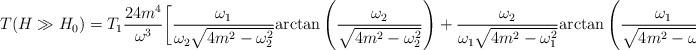
\begin{align*}\displaystyle{T(H \gg H_0)=T_1\frac{24m^4}{\omega^3}\bigg[\frac{\omega_1} {\omega_2 \sqrt{4m^2-\omega_2^2}}\mbox{arctan}\left(\frac{\omega_2}{\sqrt{4m^2-\omega_2^2}}\right)+ \frac{\omega_2}{\omega_1 \sqrt{4m^2-\omega_1^2}}\mbox{arctan}\left(\frac{\omega_1 }{\sqrt{4m^2-\omega_1^2}}\right)-\frac{\omega}{4m^2}\bigg]}\end{align*}